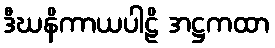
ဒီဃနိကာယပါဠိ အဋ္ဌကထာ